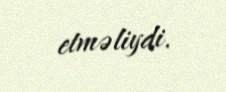
etməliydi.